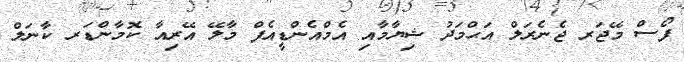
ފޯސް މޭޖަރ ޖެނެރަލް އަޙްމަދު ޝިޔާމާއި އެމްއެންޑީއެފް މާލޭ އޭރިއާ ކޮމާންޑަރ ކާނަލް